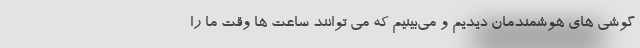
گوشی های هوشمندمان دیدیم و می‌بینیم که می توانند ساعت ها وقت ما را